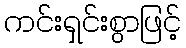
ကင်းရှင်းစွာဖြင့်